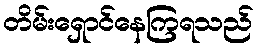
တိမ်းရှောင်နေကြရသည်